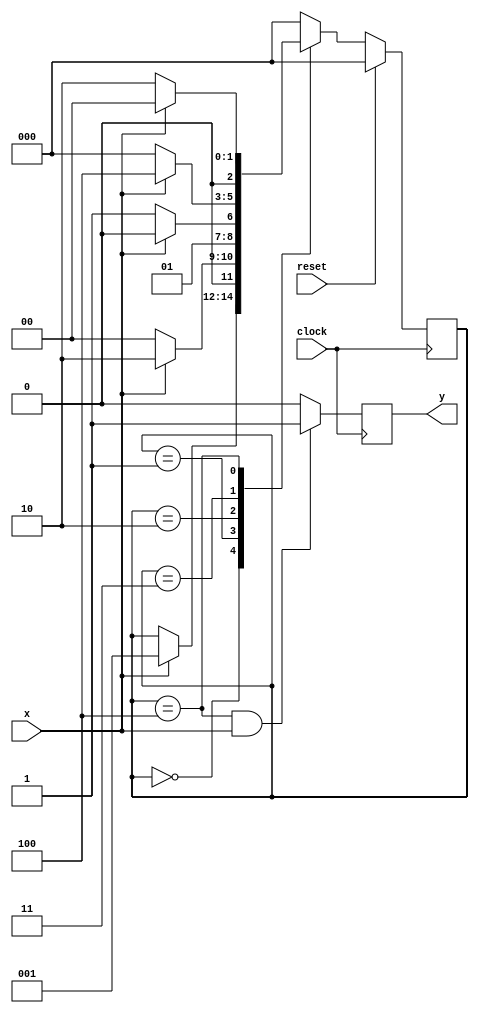
`timescale 1ns / 1ps

module Mealy_nonOverlapping_FSM(clock,reset,x,y);

input clock; // clock signal
input reset; // reset input
input x; // binary input
output reg y;

parameter  s0=3'b000; // "Zero" State
parameter  s1=3'b001;
parameter  s2=3'b010;
parameter  s3=3'b011;
parameter  s4=3'b100;



reg [2:0] current_state, next_state;
always @(current_state or x)
begin
	case(current_state)
	s0:
	begin
	if(x==1)
	next_state=s1;
	else
	next_state=current_state;
	end
	
	s1:
	begin
	if(x==1)
	next_state=s2;
	else
	next_state=s0;
	end
	
	s2:begin
	if(x==0)
	next_state=s3;
	else
	next_state=s2;
	end
	
	s3:begin
	if(x==1)
	next_state=s4;
	else
	next_state=s0;
	end
	
	s4:begin
	if(x==1)
	next_state=s0;
	else
	next_state=s2;
	end
	
	default:next_state=s0;
	endcase
end


always@(posedge clock)
begin 
	y=0;
	if(current_state==s4 && x==1)
		y=1;	
	if(reset)
	current_state=s0;
	else
	current_state=next_state;
end

endmodule